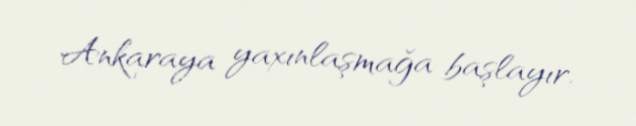
Ankaraya yaxınlaşmağa başlayır.